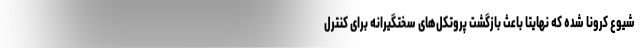
شیوع کرونا شده که نهایتا باعث بازگشت پروتکل‌های سختگیرانه برای کنترل